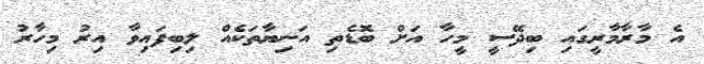
އެ މާރާމާރީގައި ބިދޭސީ މީހާ އަށް ބޮޑެތި އަނިޔާތަކެއް ލިބިފައިވާ އިރު މިހާރު